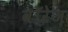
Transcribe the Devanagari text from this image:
वॉरेज़